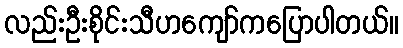
လည်းဦးစိုင်းသီဟကျော်ကပြောပါတယ်။